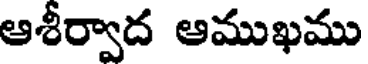
ఆశీర్వాద ఆముఖము